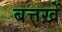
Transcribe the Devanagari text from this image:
बत्तख़ें